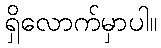
ရှိလောက်မှာပါ။